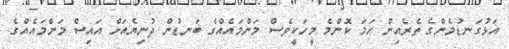
އަޅުގަނޑުމެންގެ ތެރެއިން ހަމަ ކޮންމެ މީހަކީވެސް މަންމައެއްގެ ބަނޑުން ދުނިޔެއަށް އައިސް މަންމައެއްގެ